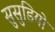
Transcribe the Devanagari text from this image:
सुसुडियो